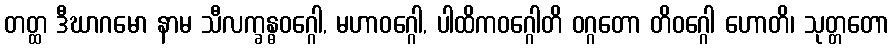
တတ္ထ ဒီဃာဂမော နာမ သီလက္ခန္ဓဝဂ္ဂေါ, မဟာဝဂ္ဂေါ, ပါထိကဝဂ္ဂေါတိ ဝဂ္ဂတော တိဝဂ္ဂေါ ဟောတိ၊ သုတ္တတော